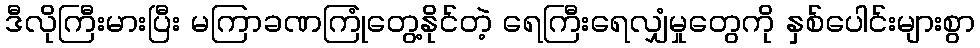
ဒီလိုကြီးမားပြီး မကြာခဏကြုံတွေ့နိုင်တဲ့ ရေကြီးရေလျှံမှုတွေကို နှစ်ပေါင်းများစွာ